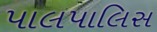
પાલપાલિસ